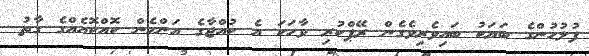
ފުލުހުންގެ ބަޔަކު ބައިވެރިވެގެން ރޭޕްކުރި ވާހަކަ އެ ކުއްޖާގެ އަންހެން ކޮއްކޮއެއްގެ ގާތު